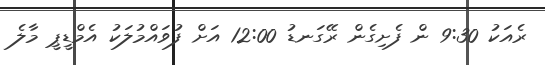
ރެއަކު 9:30 ން ފެށިގެން ރޭގަނޑު 12:00 އަށް ފުވައްމުލަކު އެމްޑީޕީ މާލެ